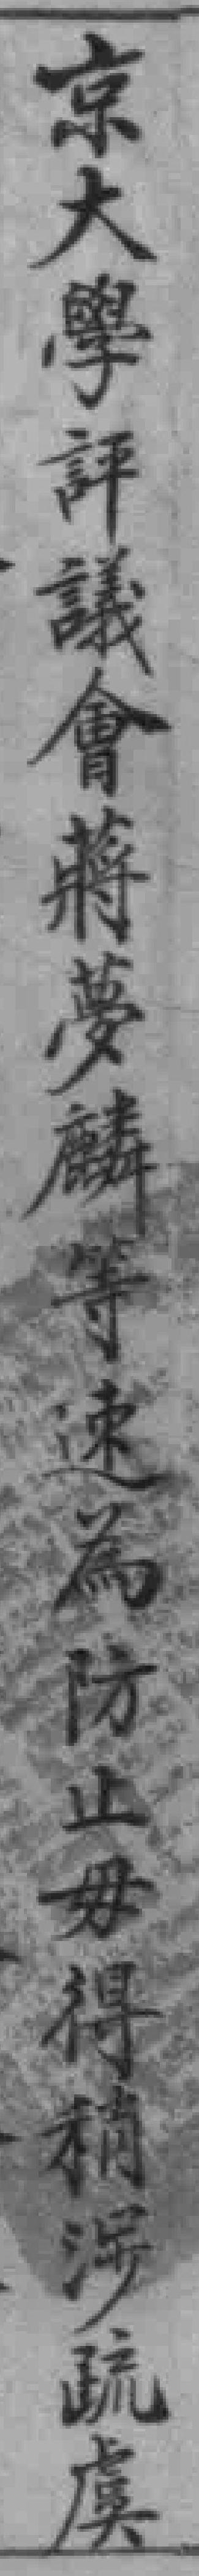
京大學評議會蔣夢麟等速為防止毋得稍涉疏虞